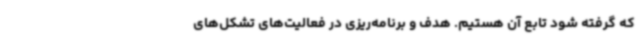
که گرفته شود تابع آن هستیم. هدف و برنامه‌ریزی در فعالیت‌های تشکل‌های